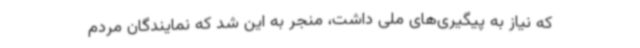
که نیاز به پیگیری‌های ملی داشت، منجر به این شد که نمایندگان مردم